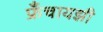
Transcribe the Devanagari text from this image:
फ्रँचायझी